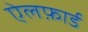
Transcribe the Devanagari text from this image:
ऐलफ़ार्ड